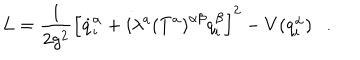
L = \frac { 1 } { 2 g ^ { 2 } } \left[ \dot { q } _ { i } ^ { \alpha } + i \lambda ^ { a } \left( T ^ { a } \right) ^ { \alpha \beta } q _ { i } ^ { \beta } \right] ^ { 2 } - V ( q _ { i } ^ { \alpha } ) \ \ \ .